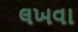
લખવા